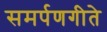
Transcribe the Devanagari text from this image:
समर्पणगीते